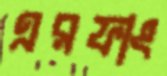
এরফাং